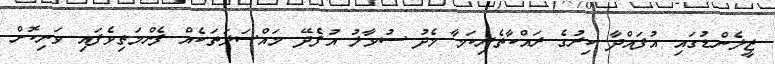
ޒީލެންޑުގައި އުފައްދާ ކިރުގެ ރައްކާތެރިކަމާ މެދު ސުވާލު އުފެދޭ މައްސަލަތަކެއް ފެންމަތިވެފައި ވަނިކޮށް